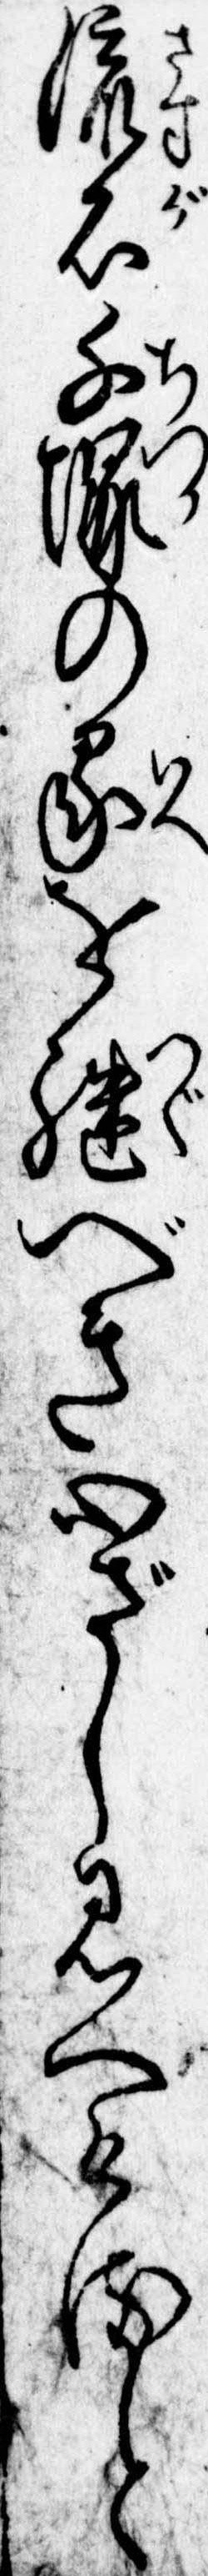
流石千塚の家を継べき心ざし見へけると